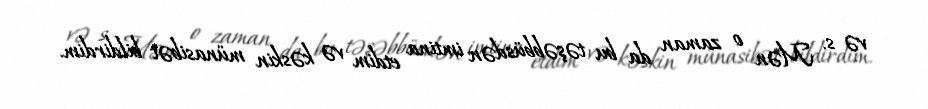
və s. Mən o zaman da bu təşəbbüsdən imtina etdim və kəskin münasibət bildirdim.